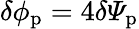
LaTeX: \delta\phi_{\mathrm{p}}=4\delta{\mathit\Psi}_{\mathrm{p}}